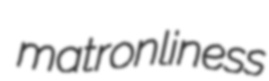
matronliness